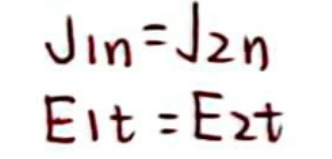
\[
\begin{cases}
J_{1n} = J_{2n} \\
E_{1t} = E_{2t}
\end{cases}
\]